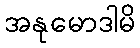
အနုမောဒါမိ